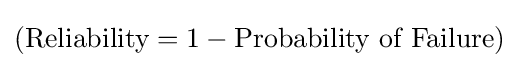
({\text{Reliability}}=1-{\text{Probability of Failure}})